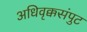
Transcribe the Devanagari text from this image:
अधिवृक्कसंपुट